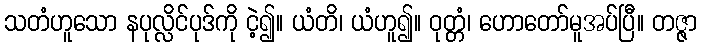
သတံဟူသော နပုလ္လိင်ပုဒ်ကို ငဲ့၍။ ယံတိ၊ ယံဟူ၍။ ဝုတ္တံ၊ ဟောတော်မူအပ်ပြီ။ တဇ္ဇာ